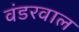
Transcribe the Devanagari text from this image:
वंडरवाल